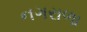
નગરાળા